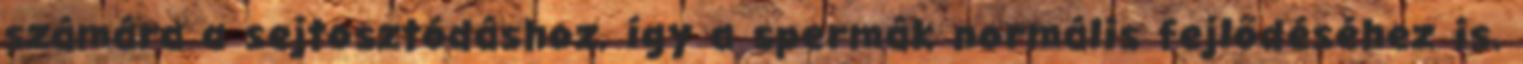
számára a sejtosztódáshoz, így a spermák normális fejlődéséhez is.